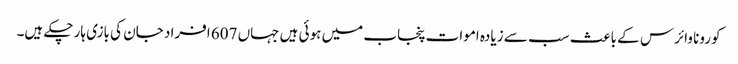
کورونا وائرس کے باعث سب سے زیادہ اموات پنجاب میں ہوئی ہیں جہاں 607 افراد جان کی بازی ہار چکے ہیں۔